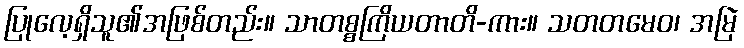
ပြုလေ့ရှိသူ၏အဖြစ်တည်း။ သာတစ္စကြိယတာတိ-ကား။ သတတမေဝ၊ အမြဲ